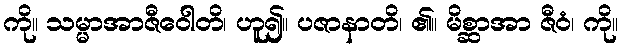
ကို။ သမ္မာအာဇီဝေါတိ၊ ဟူ၍။ ပဇာနာတိ၊ ၏။ မိစ္ဆာအာ ဇီဝံ၊ ကို။